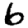
Digit: 6